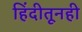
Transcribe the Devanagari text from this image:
हिंदीतूनही